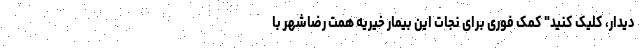
دیدار، کلیک کنید" کمک فوری برای نجات این بیمار خیریه همت رضاشهر با